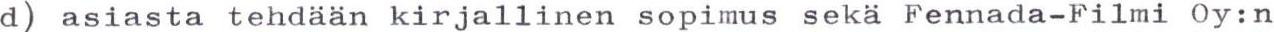
d) asiasta tehdään kirjallinen sopimus sekä Fennada-Filmi Oy:n